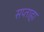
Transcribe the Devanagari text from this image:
सप्ताहा